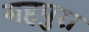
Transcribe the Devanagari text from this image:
महपुरा